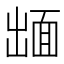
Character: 𮧋